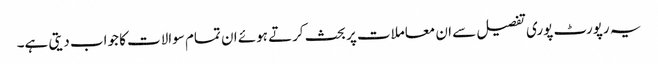
یہ رپورٹ پوری تفصیل سے ان معاملات پر بحث کرتے ہوئے ان تمام سوالات کا جواب دیتی ہے۔